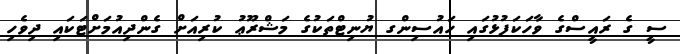
ސީ ގެ ރައީސްގެ ވާހަކަފުޅުގައި ހައުސިންގ ޔުނިޓްތަކުގެ މަޝްރޫޢު ކުރިއަށް ގެންދިއުމަށްޓަކައި ދިވެހި